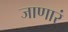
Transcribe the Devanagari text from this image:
जाणारं